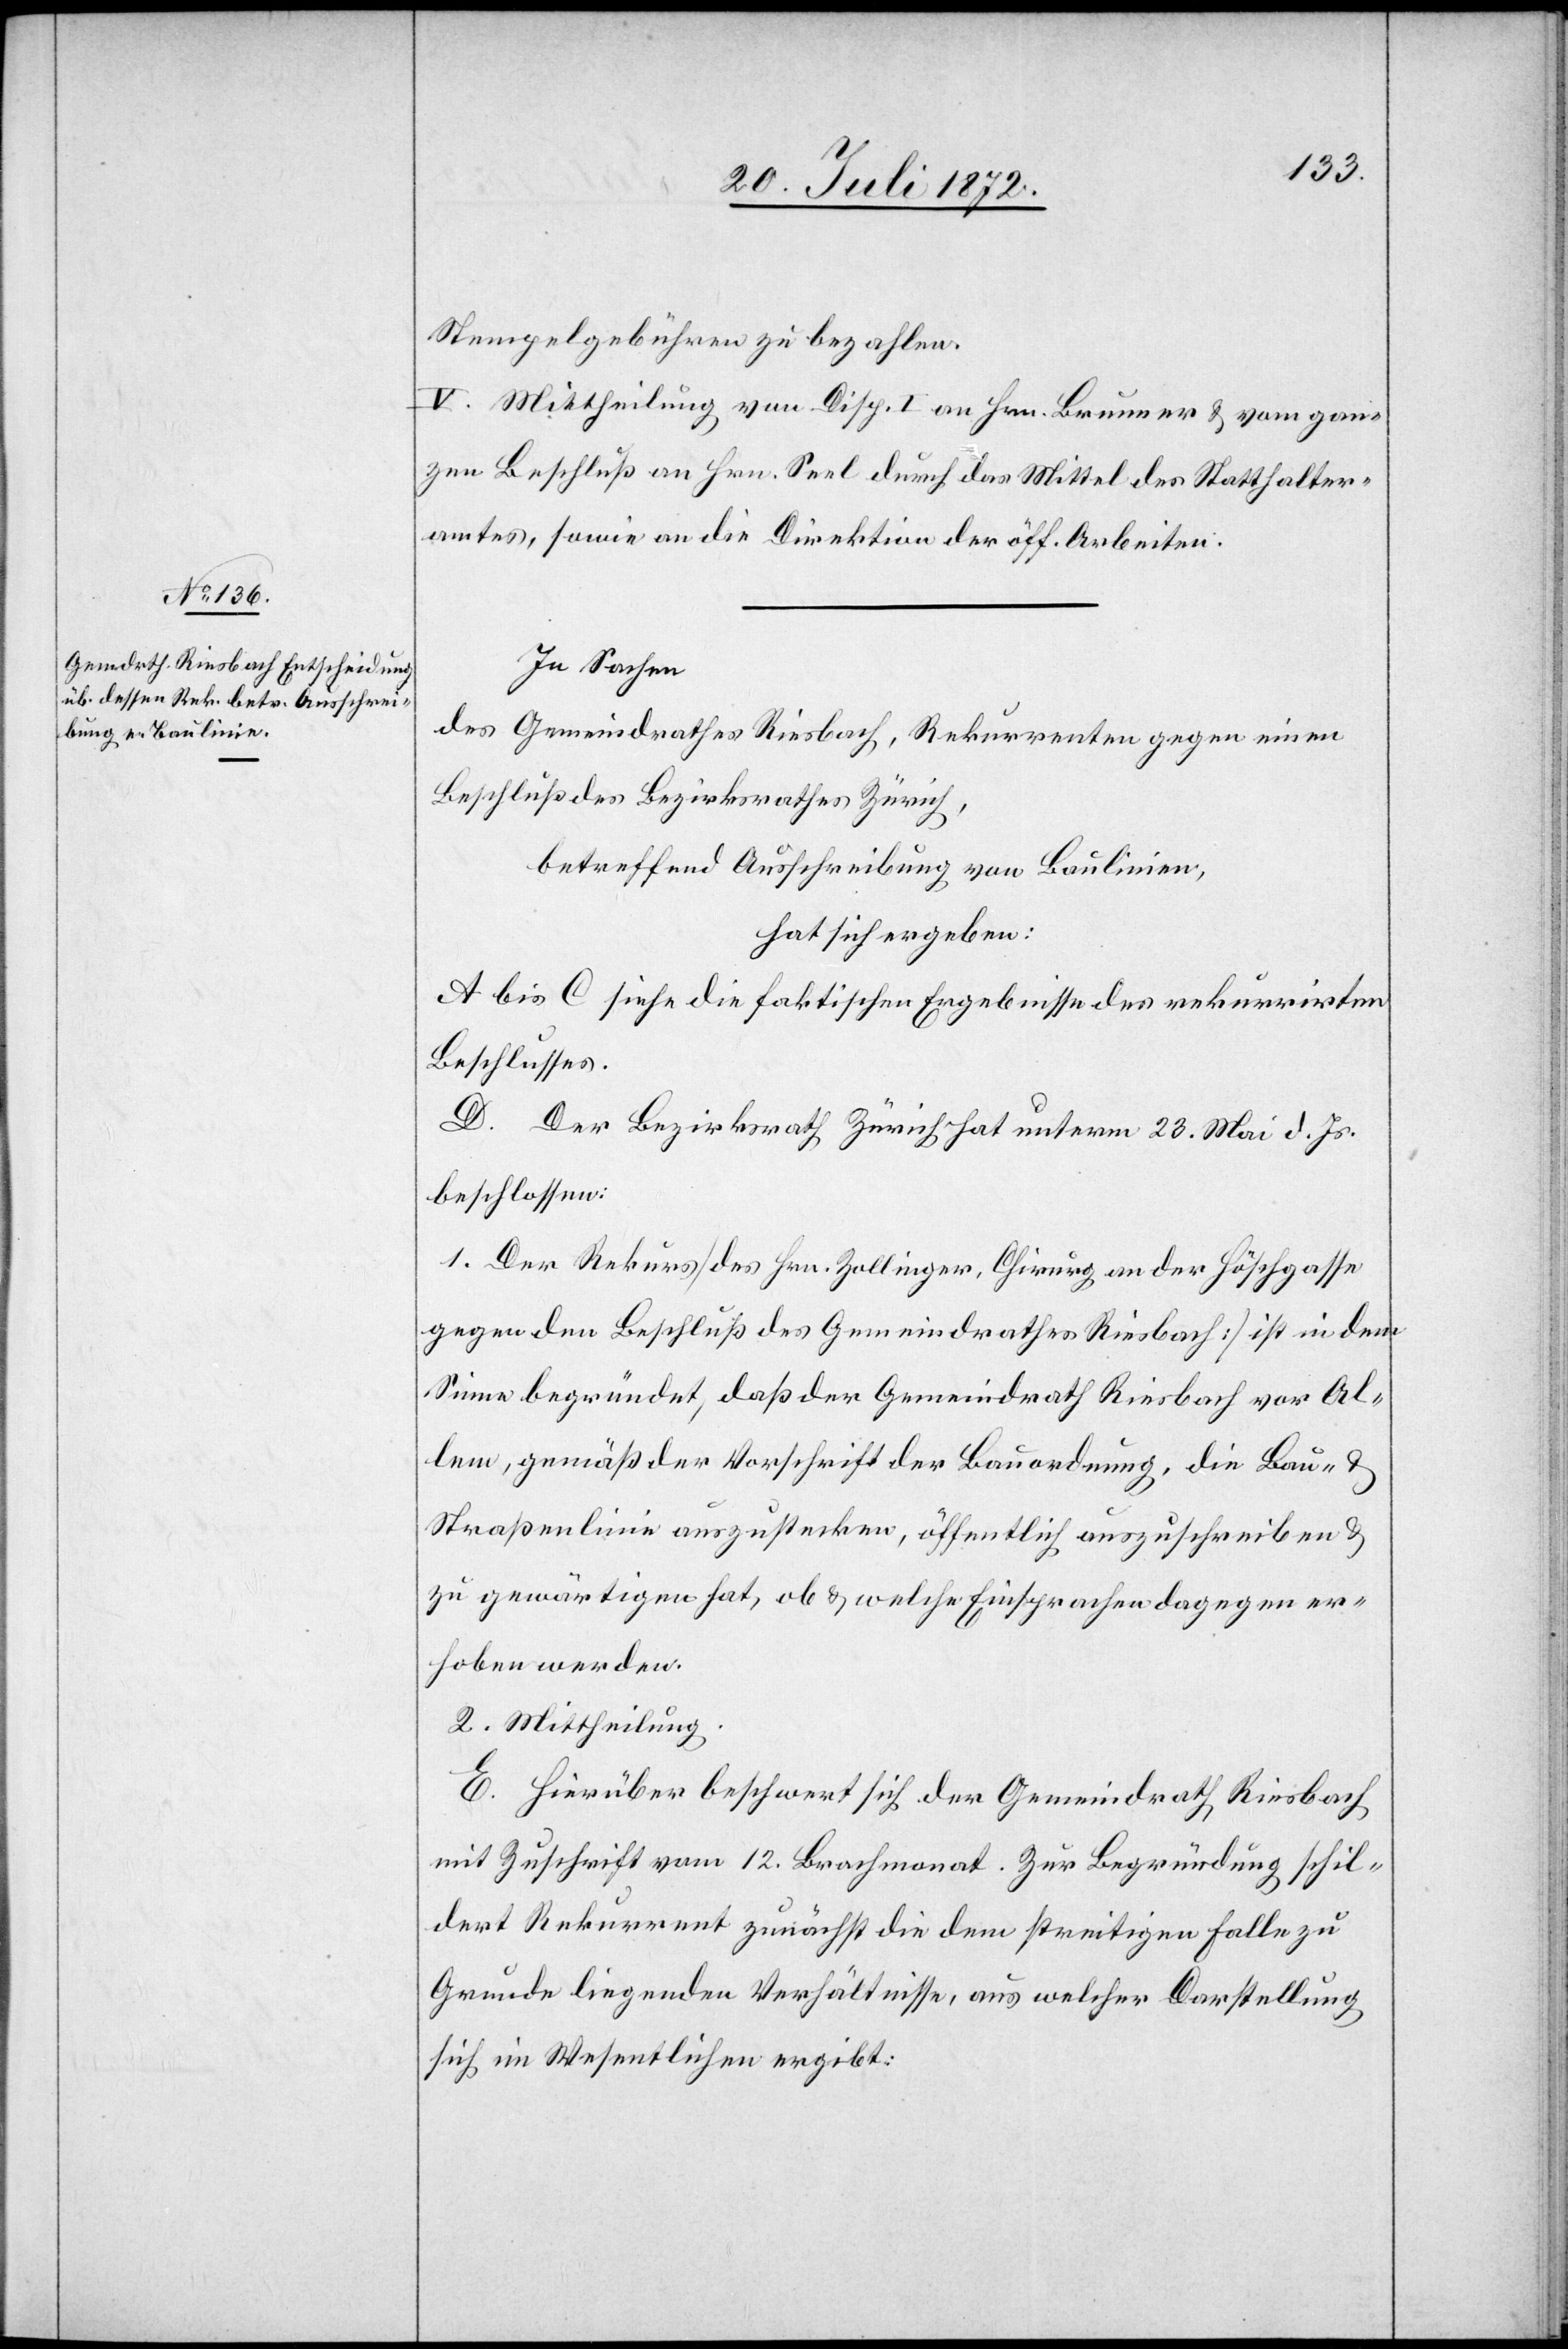
Stempelgebühren zu bezahlen.
V. Mittheilung von Disp. I an Hrn. Brunner u. vom gan¬
zen Beschluß an Hrn. Seel durch das Mittel des Statthalter¬
amtes, sowie an die Direktion der öff. Arbeiten.
In Sachen
des Gemeindrathes Riesbach, Rekurrenten gegen einen
Beschluß des Bezirksrathes Zürich,
betreffend Ausschreibung von Baulinien,
hat sich ergeben:
A bis C siehe die faktischen Ergebnisse des rekurrirten
Beschlusses.
D. Der Bezirksrath Zürich hat unterm 23. Mai d. Js.
beschlossen:
1. Der Rekurs [des Hrn. Zollinger, Chirurg an der Höschgasse
gegen den Beschluß des Gemeindrathes Riesbach] ist in dem
Sinne begründet, daß der Gemeindrath Riesbach vor Al¬
lem, gemäß der Vorschrift der Bauordnung, die Bau-
Straßenlinie auszustecken, öffentlich auszuschreiben u.
zu gewärtigen hat, ob u. welche Einsprachen dagegen er¬
hoben werden.
2. Mittheilung.
E. Hierüber beschwert sich der Gemeindrath Riesbach
mit Zuschrift vom 12. Brachmonat. Zur Begründung schil¬
dert Rekurrent zunächst die dem streitigen Falle zu
Grunde liegenden Verhältnisse, aus welcher Darstellung
sich im Wesentlichen ergibt: